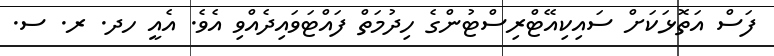
ފަސް އަތޮޅަކަށް ސައިކިއޭޓްރިސްޓުންގެ ހިދުމަތް ފައްޓަވައިދެއްވި އެވެ. އެއީ ހދ. ރ. ސ.